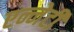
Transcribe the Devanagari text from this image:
एन्नेटी